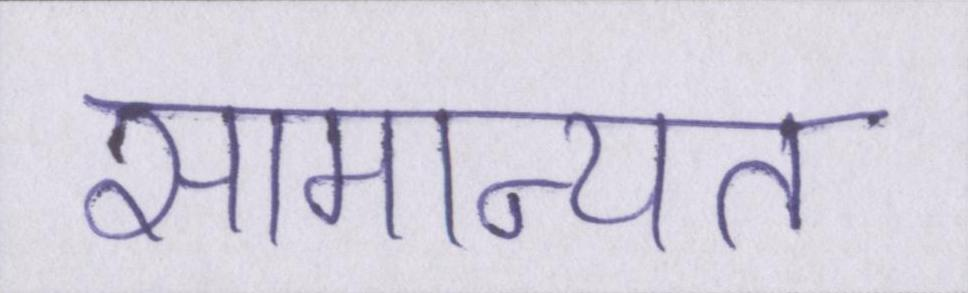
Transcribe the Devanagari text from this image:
सामान्यत